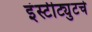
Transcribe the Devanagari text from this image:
इंस्टीट्युटचे